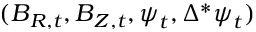
( \boldsymbol { B } _ { R , t } , \boldsymbol { B } _ { Z , t } , \boldsymbol { \psi } _ { t } , \Delta ^ { * } \boldsymbol { \psi } _ { t } )